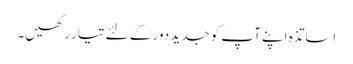
اساتذہ اپنے آپ کو جدید دور کے لئے تیار رکھیں۔